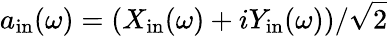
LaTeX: a_{\mathrm{in}}(\omega)=(X_{\mathrm{in}}(\omega)+iY_{\mathrm{in}}(\omega))/\sqrt{2}